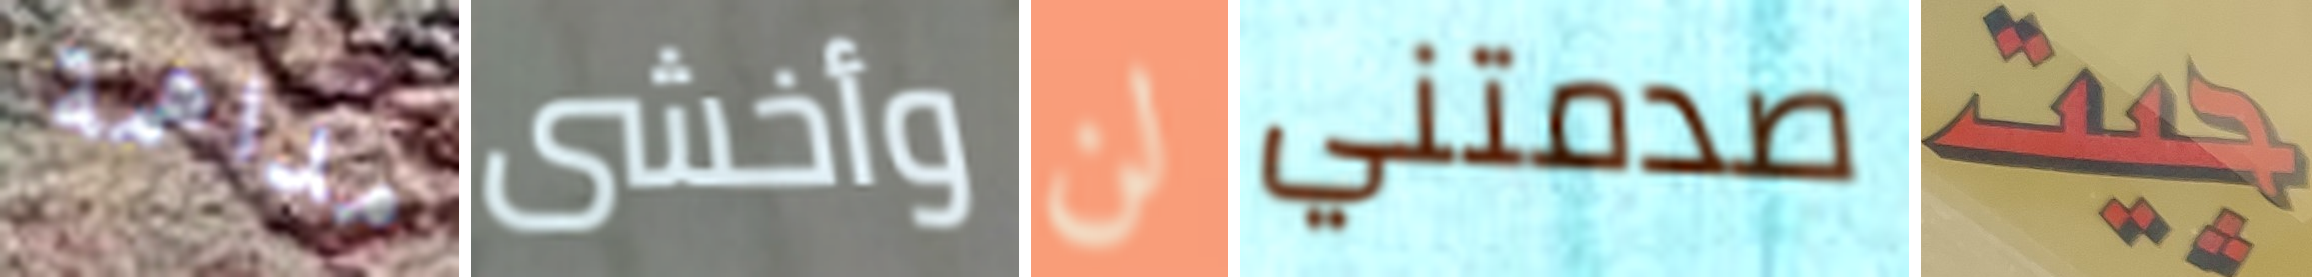
مداهمة وأخشى لن صدمتني جيت